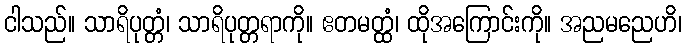
ငါသည်။ သာရိပုတ္တံ၊ သာရိပုတ္တရာကို။ ဧတမတ္ထံ၊ ထိုအကြောင်းကို။ အညမညေဟိ၊